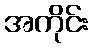
အကိုင်း